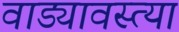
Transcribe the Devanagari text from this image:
वाड्यावस्त्या